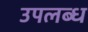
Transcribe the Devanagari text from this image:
उपलब्ध्‍ा